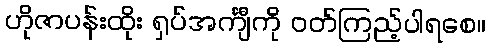
ဟိုဇာပန်းထိုး ရှပ်အင်္ကျီကို ဝတ်ကြည့်ပါရစေ။